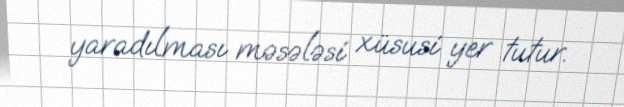
yaradılması məsələsi xüsusi yer tutur.